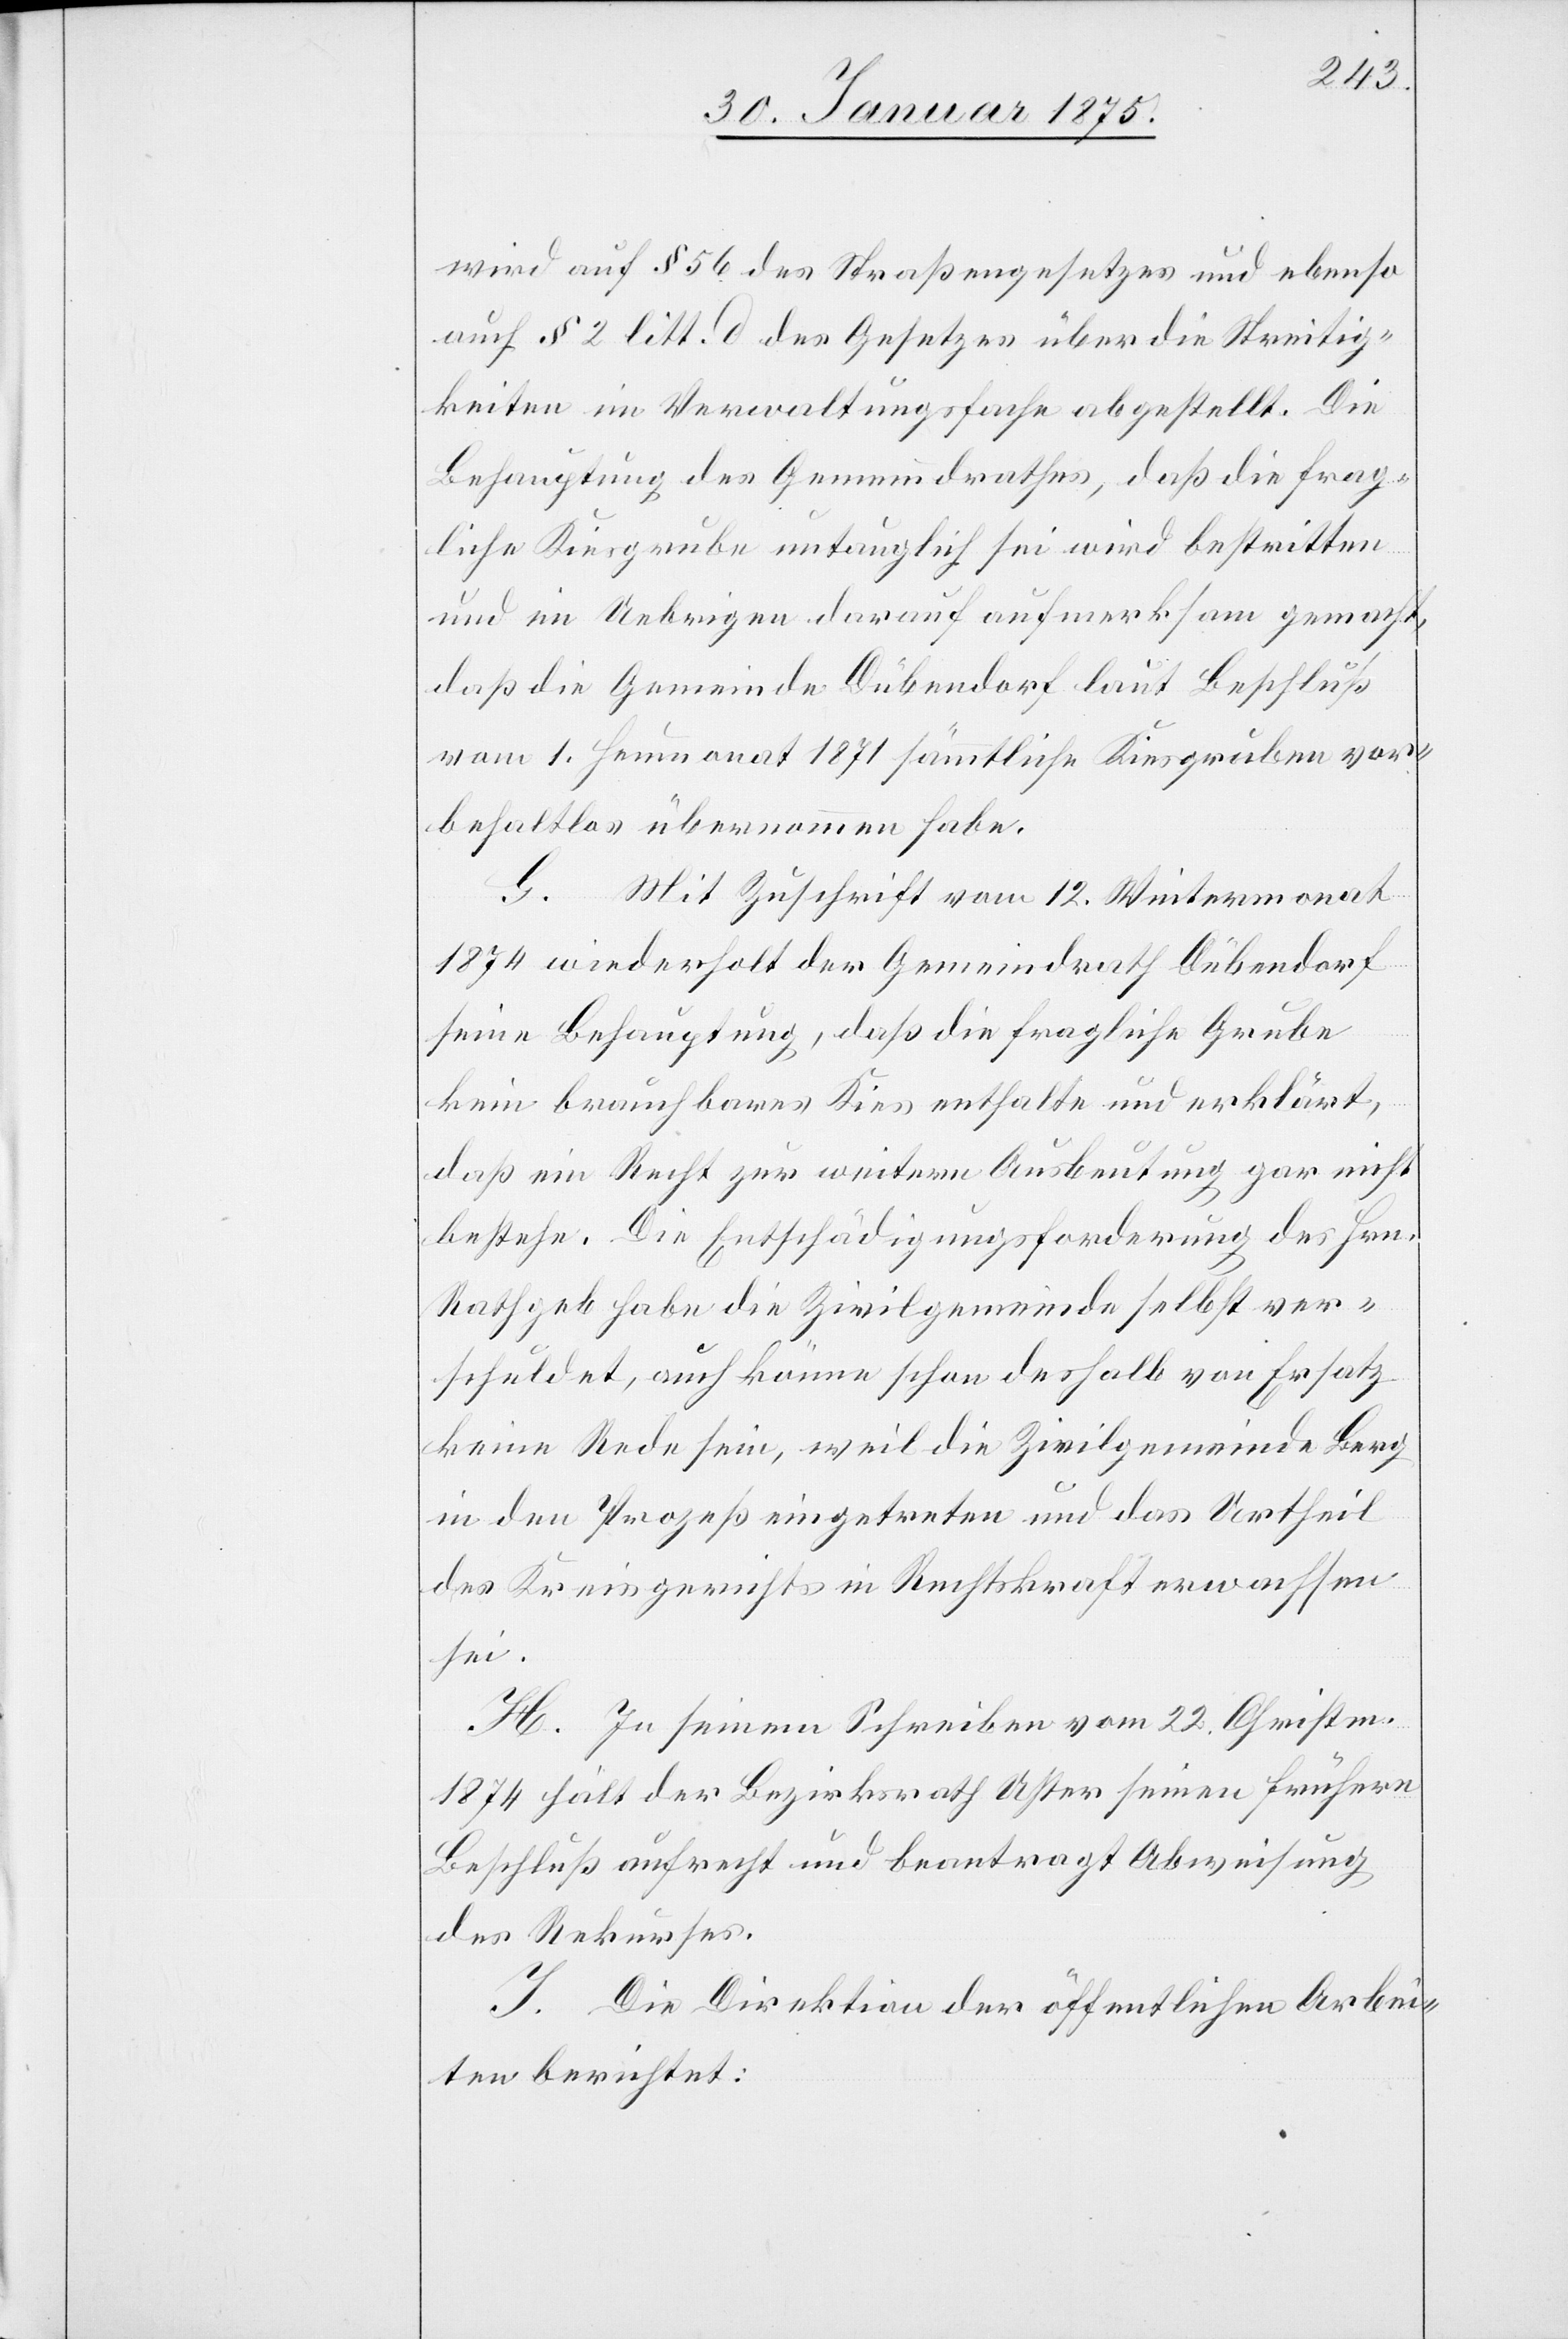
wird auf § 56 des Straßengesetzes und ebenso
auf § 2 litt. d des Gesetzes über die Streitig¬
keiten im Verwaltungsfache abgestellt. Die
Behauptung des Gemeindrathes, daß die frag¬
liche Kiesgrube untauglich sei wird bestritten
und im Uebrigen darauf aufmerksam gemacht,
daß die Gemeinde Dübendorf laut Beschluß
vom 1. Heumonat 1871 sämmtliche Kiesgruben vor¬
behaltlos übernommen habe.
G. Mit Zuschrift vom 12. Wintermonat
1874 wiederholt der Gemeindrath Dübendorf
seine Behauptung, daß die fragliche Grube
kein brauchbares Kies enthalte und erklärt,
daß ein Recht zur weitern Ausbeutung gar nicht
bestehe. Die Entschädigungsforderung des Hrn.
Rathgeb habe die Zivilgemeinde selbst ver¬
schuldet, auch könne schon deshalb von Ersatz
keine Rede sein, weil die Zivilgemeinde Berg
in den Prozeß eingetreten und das Urtheil
des Kreisgerichts in Rechtskraft erwachsen
sei.
H. In seinem Schreiben vom 22. Christm.
1874 hält der Bezirksrath Uster seinen frühern
Beschluß aufrecht und beantragt Abweisung
des Rekurses.
I. Die Direktion der öffentlichen Arbei¬
ten berichtet: